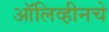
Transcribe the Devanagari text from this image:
ऑलिव्हीनचे